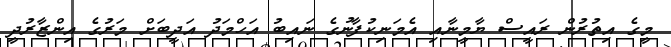
މީގެ އިތުރުން ރައީސް ޔާމީނާއި އެމަނިކުފާނުގެ ނައިބު އަހްމަދު އަދީބަށް މަރުގެ އިންޒާރުދީ